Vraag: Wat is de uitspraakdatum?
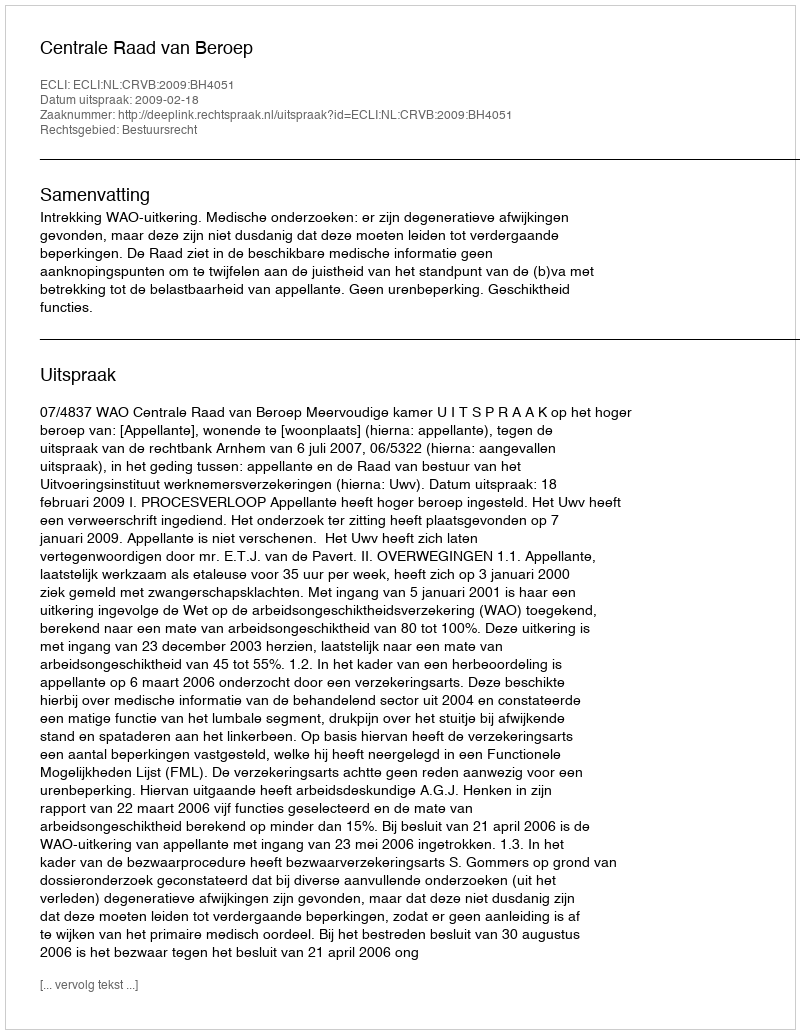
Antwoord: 2009-02-18